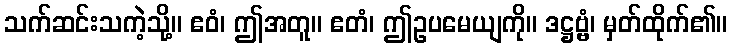
သက်ဆင်းသကဲ့သို့။ ဧဝံ၊ ဤအတူ။ ဧတံ၊ ဤဥပမေယျကို။ ဒဋ္ဌဗ္ဗံ၊ မှတ်ထိုက်၏။